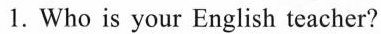
1.Who is your English teacher?